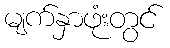
မျက်နှာဖုံးတွင်